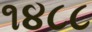
૧૪૮૮